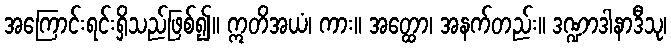
အကြောင်းရင်းရှိသည်ဖြစ်၍။ ဣတိအယံ၊ ကား။ အတ္ထော၊ အနက်တည်း။ ဒဏ္ဍာဒါနာဒီသု၊